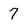
Character: 7